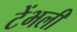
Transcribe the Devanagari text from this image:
टेंभली